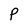
Character: P